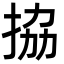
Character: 拹